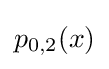
p_{0,2}(x)